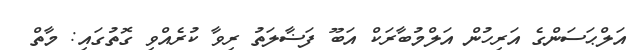
އަލްޙަސަންގެ އަރިހުން އަލްމުބާރަކް އަބޫ ފަޟާލަތު ރިވާ ކުރެއްވި ގޮތުގައި: މާތް